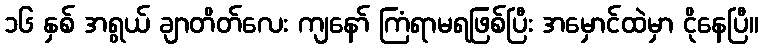
၁၆ နှစ် အရွယ် ချာတိတ်လေး ကျနော် ကြံရာမရဖြစ်ပြီး အမှောင်ထဲမှာ ငိုနေပြီ။